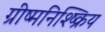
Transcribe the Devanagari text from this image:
ग्रीष्मनिश्ष्क्रिय